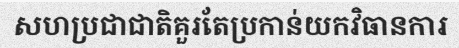
សហប្រជាជាតិគួរតែប្រកាន់យកវិធានការ